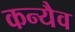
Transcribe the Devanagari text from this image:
कन्यैव